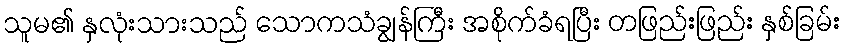
သူမ၏ နှလုံးသားသည် သောကသံချွန်ကြီး အစိုက်ခံရပြီး တဖြည်းဖြည်း နှစ်ခြမ်း